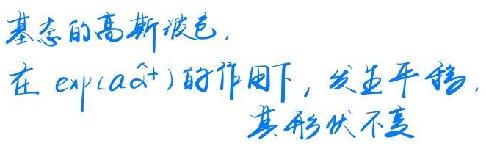
基态的高斯波色,
在 $\exp(a\hat{a}^{+})$ 的作用下, 发生平移,
其形状不变